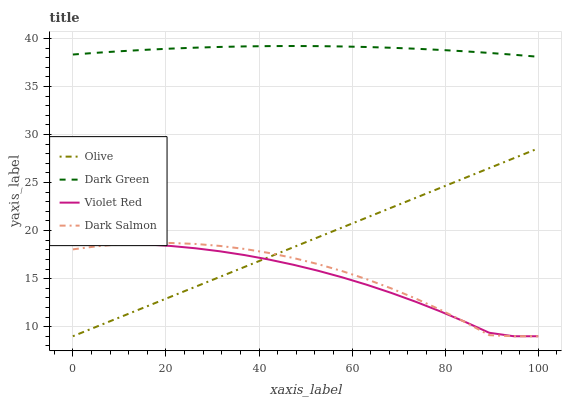
| xaxis_label | Olive | Dark Green | Violet Red | Dark Salmon |
 | --- | --- | --- | --- | --- |
 | 0 | 9 | 38.3 | 18.6 | 18 |
 | 5.26 | 10 | 38.5 | 18.7 | 18.4 |
 | 10.5 | 11.1 | 38.7 | 18.6 | 18.6 |
 | 15.8 | 12.1 | 38.8 | 18.6 | 18.7 |
 | 21.1 | 13.1 | 38.9 | 18.4 | 18.7 |
 | 26.3 | 14.1 | 39 | 18.2 | 18.6 |
 | 31.6 | 15.2 | 39.1 | 17.8 | 18.4 |
 | 36.8 | 16.2 | 39.2 | 17.5 | 18.1 |
 | 42.1 | 17.2 | 39.2 | 17 | 17.7 |
 | 47.4 | 18.3 | 39.2 | 16.4 | 17.1 |
 | 52.6 | 19.3 | 39.2 | 15.8 | 16.5 |
 | 57.9 | 20.3 | 39.2 | 15.1 | 15.8 |
 | 63.2 | 21.4 | 39.1 | 14.4 | 14.9 |
 | 68.4 | 22.4 | 39 | 13.5 | 14 |
 | 73.7 | 23.4 | 38.9 | 12.6 | 12.9 |
 | 78.9 | 24.4 | 38.8 | 11.6 | 11.8 |
 | 84.2 | 25.5 | 38.7 | 10.5 | 10.5 |
 | 89.5 | 26.5 | 38.5 | 9.36 | 9.11 |
 | 94.7 | 27.5 | 38.3 | 9 | 9 |
 | 100 | 28.6 | 38.1 | 9 | 9 |